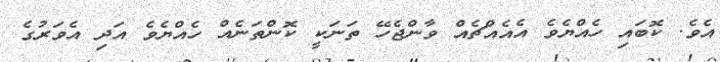
އެވެ. ކޮބައި ހެއްޔެވެ އެެއެއްޗެއް ވާންޖެހޭ ތަނަކީ ކޮންތަނެއް ހެއްޔެވެ އަދި އެވަރުގެ